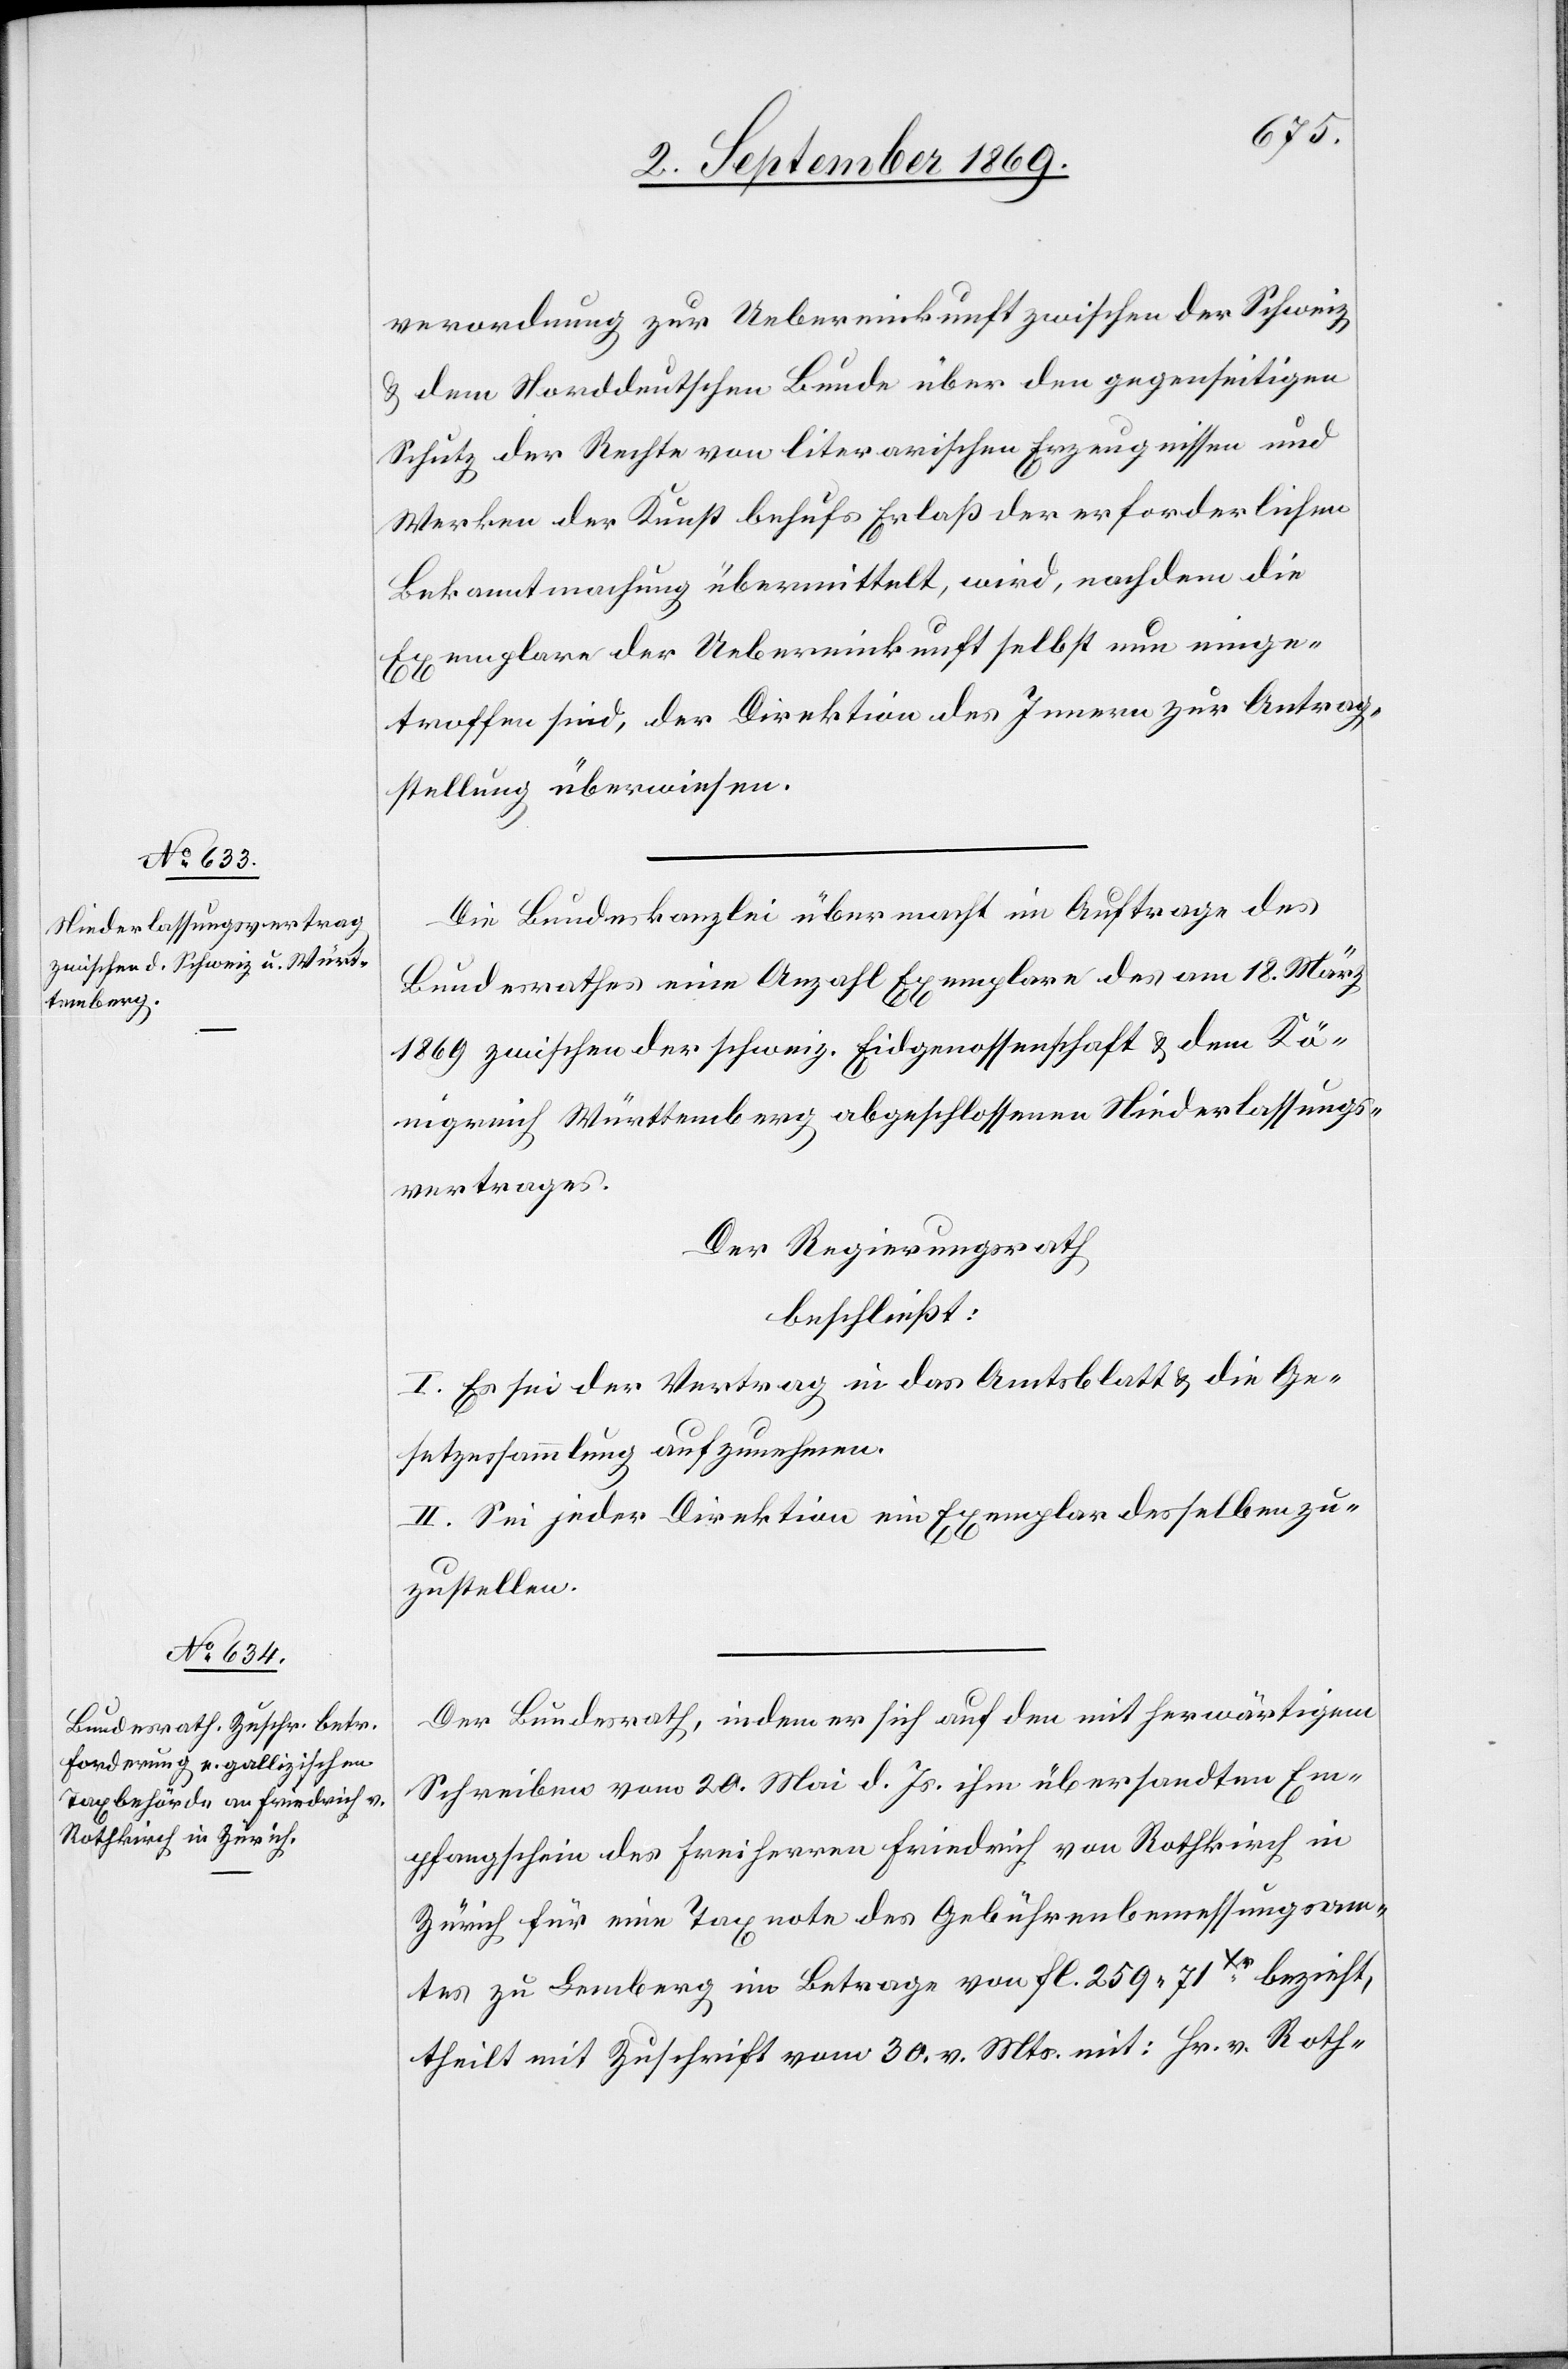
verordnung zur Uebereinkunft zwischen der Schweiz
& dem Norddeutschen Bunde über den gegenseitigen
Schutz der Rechte von literarischen Erzeugnissen und
Werken der Kunst behufs Erlaß der erforderlichen
Bekanntmachung übermittelt, wird, nachdem die
Exemplare der Uebereinkunft selbst nun einge¬
troffen sind, der Direktion des Innern zur Antrag¬
stellung überweisen.
Die Bundeskanzlei übermacht im Auftrage des
Bundesrathes eine Anzahl Exemplare des am 18. März
1869 zwischen der schweiz. Eidgenossenschaft & dem Kö¬
nigreich Württemberg abgeschlossenen Niederlassungs¬
vertrages.
Der Regierungsrath
beschließt:
I. Es sei der Vertrag in das Amtsblatt & die Ge¬
setzessammlung aufzunehmen.
II. Sei jeder Direktion ein Exemplar desselben zu¬
zustellen.
Der Bundesrath, indem er sich auf den mit herwärtigem
Schreiben vom 20. Mai d. Js. ihm übersandten Em¬
pfangschein des Freiherren Friedrich von Rothkirch in
Zürich für eine Taxnote des Gebührenbemessungsam¬
tes zu Lemberg im Betrage von fl. 259 71Xr bezieht,
theilt mit Zuschrift vom 30. v. Mts. mit: Hr. v. Roth-